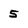
Character: 5